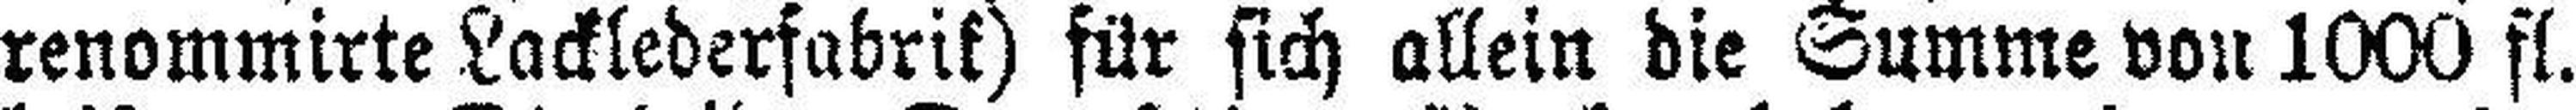
renommirte Lacklederfabrik) für sich allein die Summe von 1000 fl.